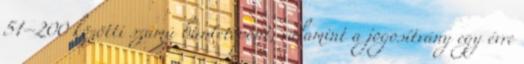
51–200 közötti számú büntetőpont, valamint a jogosítvány egy évre